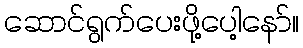
ဆောင်ရွက်ပေးဖို့ပေါ့နော်။